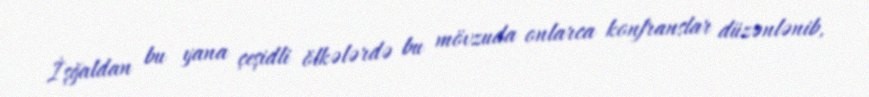
İşğaldan bu yana çeşidli ölkələrdə bu mövzuda onlarca konfranslar düzənlənib,